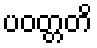
ပဝတ္တတိ